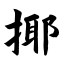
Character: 揶